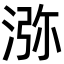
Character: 㳽